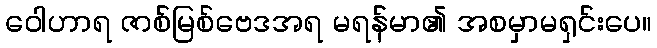
ဝေါဟာရ ဇာစ်မြစ်ဗေဒအရ မရန်မာ၏ အစမှာမရှင်းပေ။